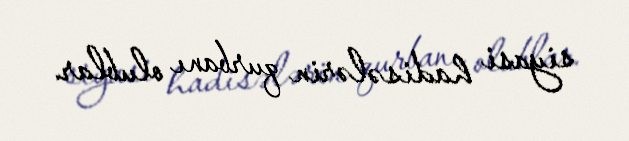
siyasi hadisələrin qurbanı olublar.